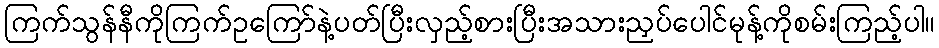
ကြက်သွန်နီကိုကြက်ဥကြော်နဲ့ပတ်ပြီးလှည့်စားပြီးအသားညှပ်ပေါင်မုန့်ကိုစမ်းကြည့်ပါ။